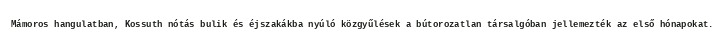
Mámoros hangulatban, Kossuth nótás bulik és éjszakákba nyúló közgyűlések a bútorozatlan társalgóban jellemezték az első hónapokat.